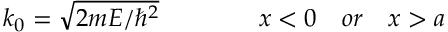
k _ { 0 } = { \sqrt { 2 m E / \hbar ^ { 2 } } } \quad \quad \quad \quad x < 0 \quad o r \quad x > a